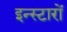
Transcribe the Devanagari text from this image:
इन्स्टारों